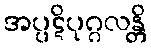
အပ္ပဋိပုဂ္ဂလန္တိ